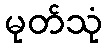
မုတ်သုံ